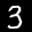
Label: 3